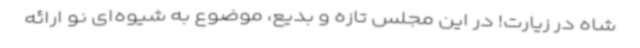
شاه در زیارت! در این مجلس تازه و بدیع، موضوع به شیوه‌ای نو ارائه